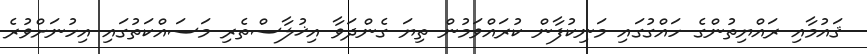
ޤައުމާއި ރައްޔިތުންގެ ހައްގުގައި މަނިކުފާން ކުރައްވަމުން ތިޔަ ގެންދަވާ އިޚުލާސްތެރި މަސައްކަތުގައި އިހުނަށްވުރެ